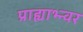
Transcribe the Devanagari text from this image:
प्राह्याभ्न्वर